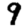
Digit: 9